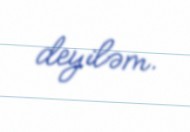
deyiləm.